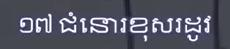
១៧ ជំនោរខុសរដូវ